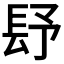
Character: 𨱢